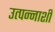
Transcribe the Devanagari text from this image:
उत्पन्नाशी